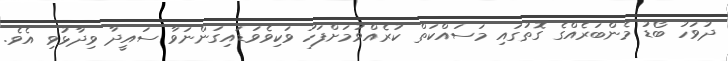
ދުވަހު ބޯޑު މެންބަރެއްގެ ގޮތުގައި މަސައްކަތް ކުރެއްވުމަށްފަހު ވަކިވެވަޑައިގަންނަވާ ސައީދާ ވިދާޅުވި އެވެ.